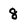
Character: 8